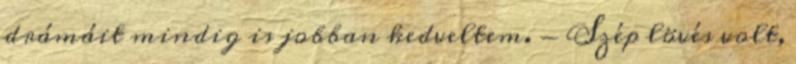
drámáit mindig is jobban kedveltem. - Szép lövés volt,